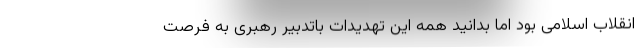
انقلاب اسلامی بود اما بدانید همه این تهدیدات باتدبیر رهبری به فرصت